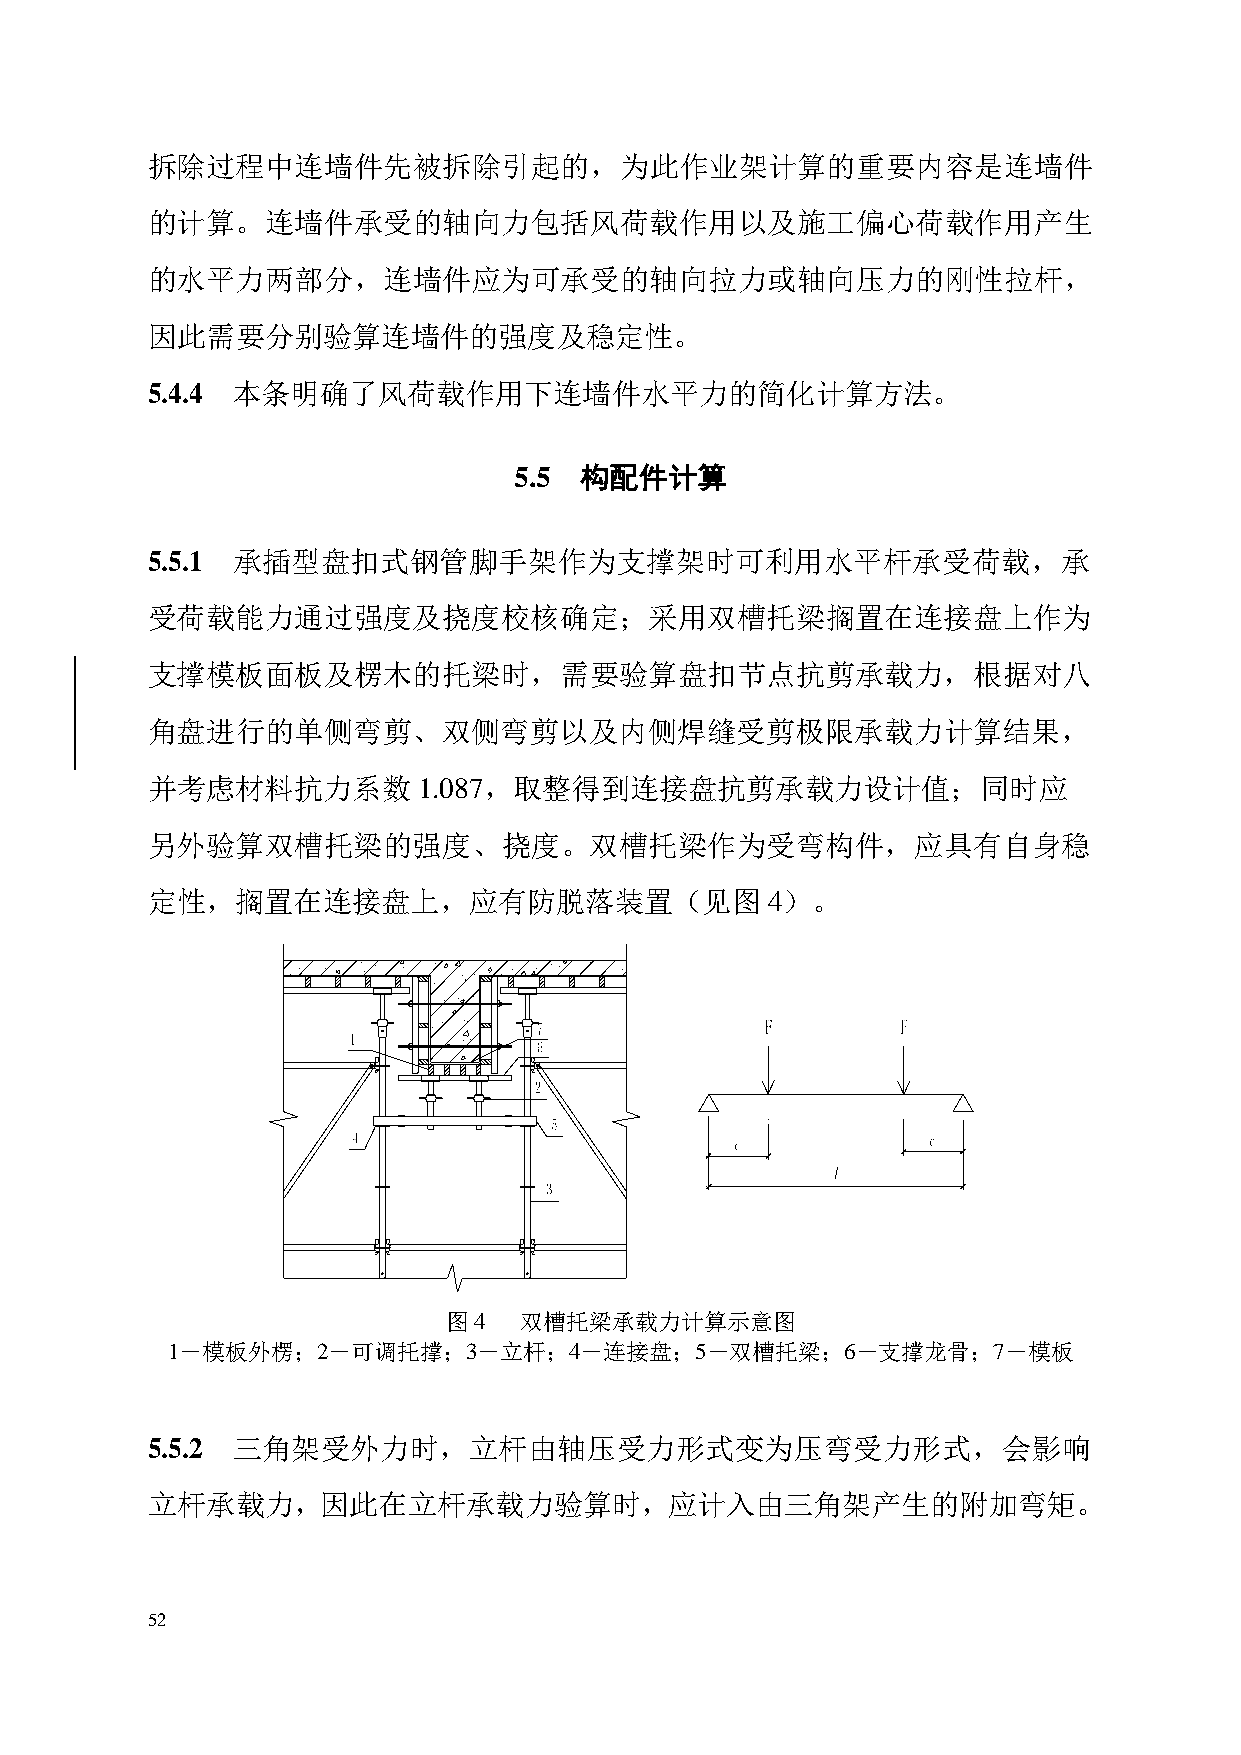
拆除过程中连墙件先被拆除引起的，为此作业架计算的重要内容是连墙件
 的计算。连墙件承受的轴向力包括风荷载作用以及施工偏心荷载作用产生
 的水平力两部分，连墙件应为可承受的轴向拉力或轴向压力的刚性拉杆，
 因此需要分别验算连墙件的强度及稳定性。
 5.4.4 本条明确了风荷载作用下连墙件水平力的简化计算方法。
 5.5 构配件计算
 5.5.1 承插型盘扣式钢管脚手架作为支撑架时可利用水平杆承受荷载，承
 受荷载能力通过强度及挠度校核确定；采用双槽托梁搁置在连接盘上作为
 支撑模板面板及楞木的托梁时，需要验算盘扣节点抗剪承载力，根据对八
 角盘进行的单侧弯剪、双侧弯剪以及内侧焊缝受剪极限承载力计算结果，
 并考虑材料抗力系数         1.087，取整得到连接盘抗剪承载力设计值；同时应
 另外验算双槽托梁的强度、挠度。双槽托梁作为受弯构件，应具有自身稳
 定性，搁置在连接盘上，应有防脱落装置（见图                    4）。
 图4   双槽托梁承载力计算示意图
 1－模板外楞；2－可调托撑；3－立杆；4－连接盘；5－双槽托梁；6－支撑龙骨；7－模板
 5.5.2 三角架受外力时，立杆由轴压受力形式变为压弯受力形式，会影响
 立杆承载力，因此在立杆承载力验算时，应计入由三角架产生的附加弯矩。
 52